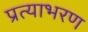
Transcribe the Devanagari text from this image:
प्रत्याभरण